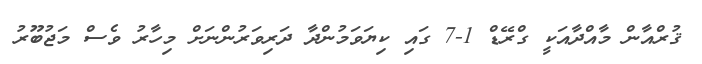
ޤުރްއާން މާއްދާއަކީ ގްރޭޑް 1-7 ގައި ކިޔަވަމުންދާ ދަރިވަރުންނަށް މިހާރު ވެސް މަޖުބޫރު